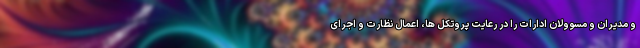
و مدیران و مسوولان ادارات را در رعایت پروتکل ها، اعمال نظارت و اجرای